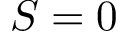
S = 0